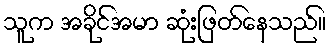
သူက အခိုင်အမာ ဆုံးဖြတ်နေသည်။